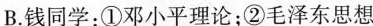
B.钱同学：①邓小平理论；②毛泽东思想